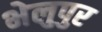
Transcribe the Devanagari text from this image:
भेलुपुर